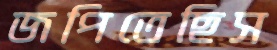
জপিতেছিস